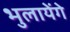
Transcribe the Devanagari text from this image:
भुलायेंगे